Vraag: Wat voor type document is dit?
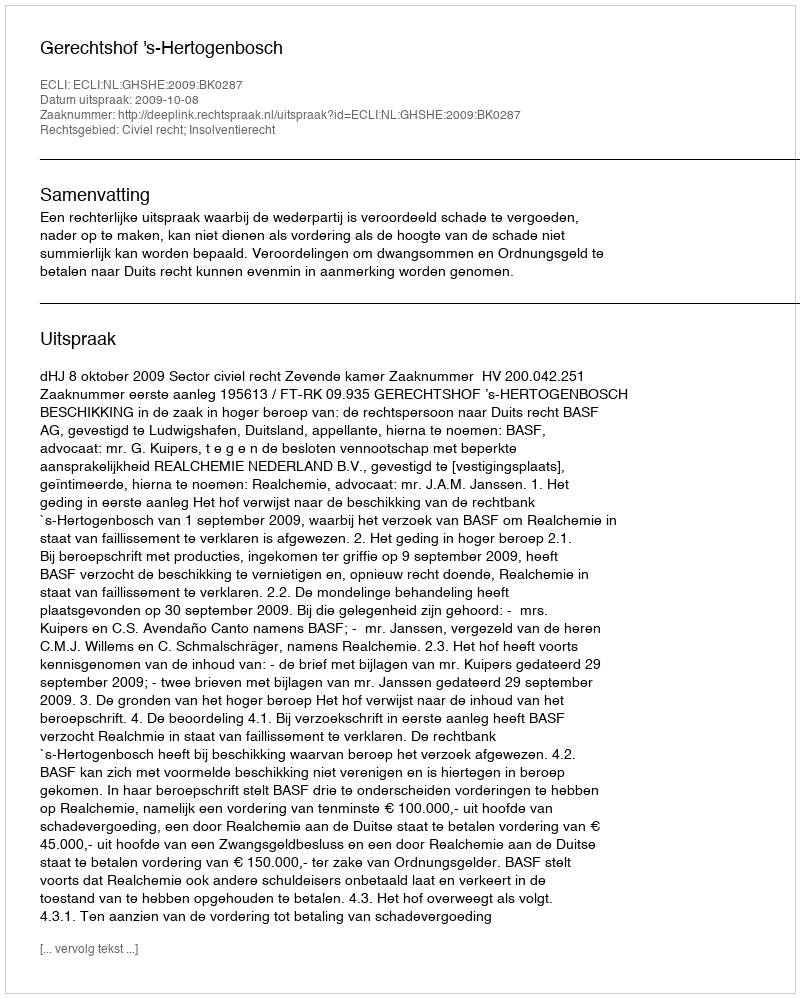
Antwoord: Uitspraak